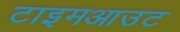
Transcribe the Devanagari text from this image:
टाइमआउट